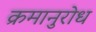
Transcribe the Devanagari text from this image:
क्रमानुरोध